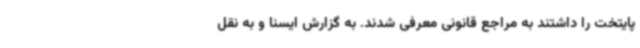
پایتخت را داشتند به مراجع قانونی معرفی شدند. به گزارش ایسنا و به نقل